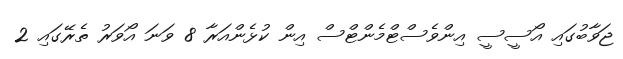
ޖަވާބުގައި އޯސީސީ އިންވެސްޓްމެންޓްސް އިން ކުޅެންއަރާ 8 ވަނަ އޯވަރު ތެރޭގައި 2